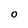
Character: o